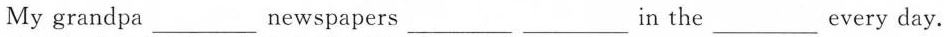
My grandpa ___ newspapers ___ ___ in the ___ every day.